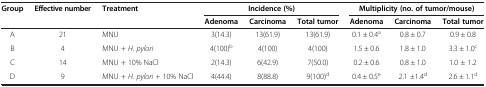
<table><thead><tr><td rowspan="2"><b>Group</b></td><td rowspan="2"><b>Effective number</b></td><td rowspan="2"><b>Treatment</b></td><td colspan="3"><b>Incidence (%)</b></td><td colspan="3"><b>Multiplicity (no. of tumor/mouse)</b></td></tr><tr><td><b>Adenoma</b></td><td><b>Carcinoma</b></td><td><b>Total tumor</b></td><td><b>Adenoma</b></td><td><b>Carcinoma</b></td><td><b>Total tumor</b></td></tr></thead><tbody><tr><td>A</td><td>21</td><td>MNU</td><td>3(14.3)</td><td>13(61.9)</td><td>13(61.9)</td><td>0.1 ± 0.4<sup>a</sup></td><td>0.8 ± 0.7</td><td>0.9 ± 0.8</td></tr><tr><td>B</td><td>4</td><td>MNU + <i>H. pylori</i></td><td>4(100)<sup>b</sup></td><td>4(100)</td><td>4(100)</td><td>1.5 ± 0.6</td><td>1.8 ± 1.0</td><td>3.3 ± 1.0<sup>c</sup></td></tr><tr><td>C</td><td>14</td><td>MNU + 10% NaCl</td><td>2(14.3)</td><td>6(42.9)</td><td>7(50.0)</td><td>0.2 ± 0.6</td><td>0.8 ± 1.0</td><td>1.0 ± 1.2</td></tr><tr><td>D</td><td>9</td><td>MNU + <i>H. pylori</i> + 10% NaCl</td><td>4(44.4)</td><td>8(88.8)</td><td>9(100)<sup>d</sup></td><td>0.4 ± 0.5<sup>e</sup></td><td>2.1 ±1.4<sup>d</sup></td><td>2.6 ± 1.1<sup>d</sup></td></tr></tbody></table>